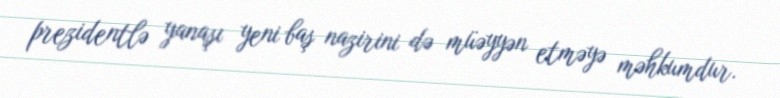
prezidentlə yanaşı yeni baş nazirini də müəyyən etməyə məhkumdur.